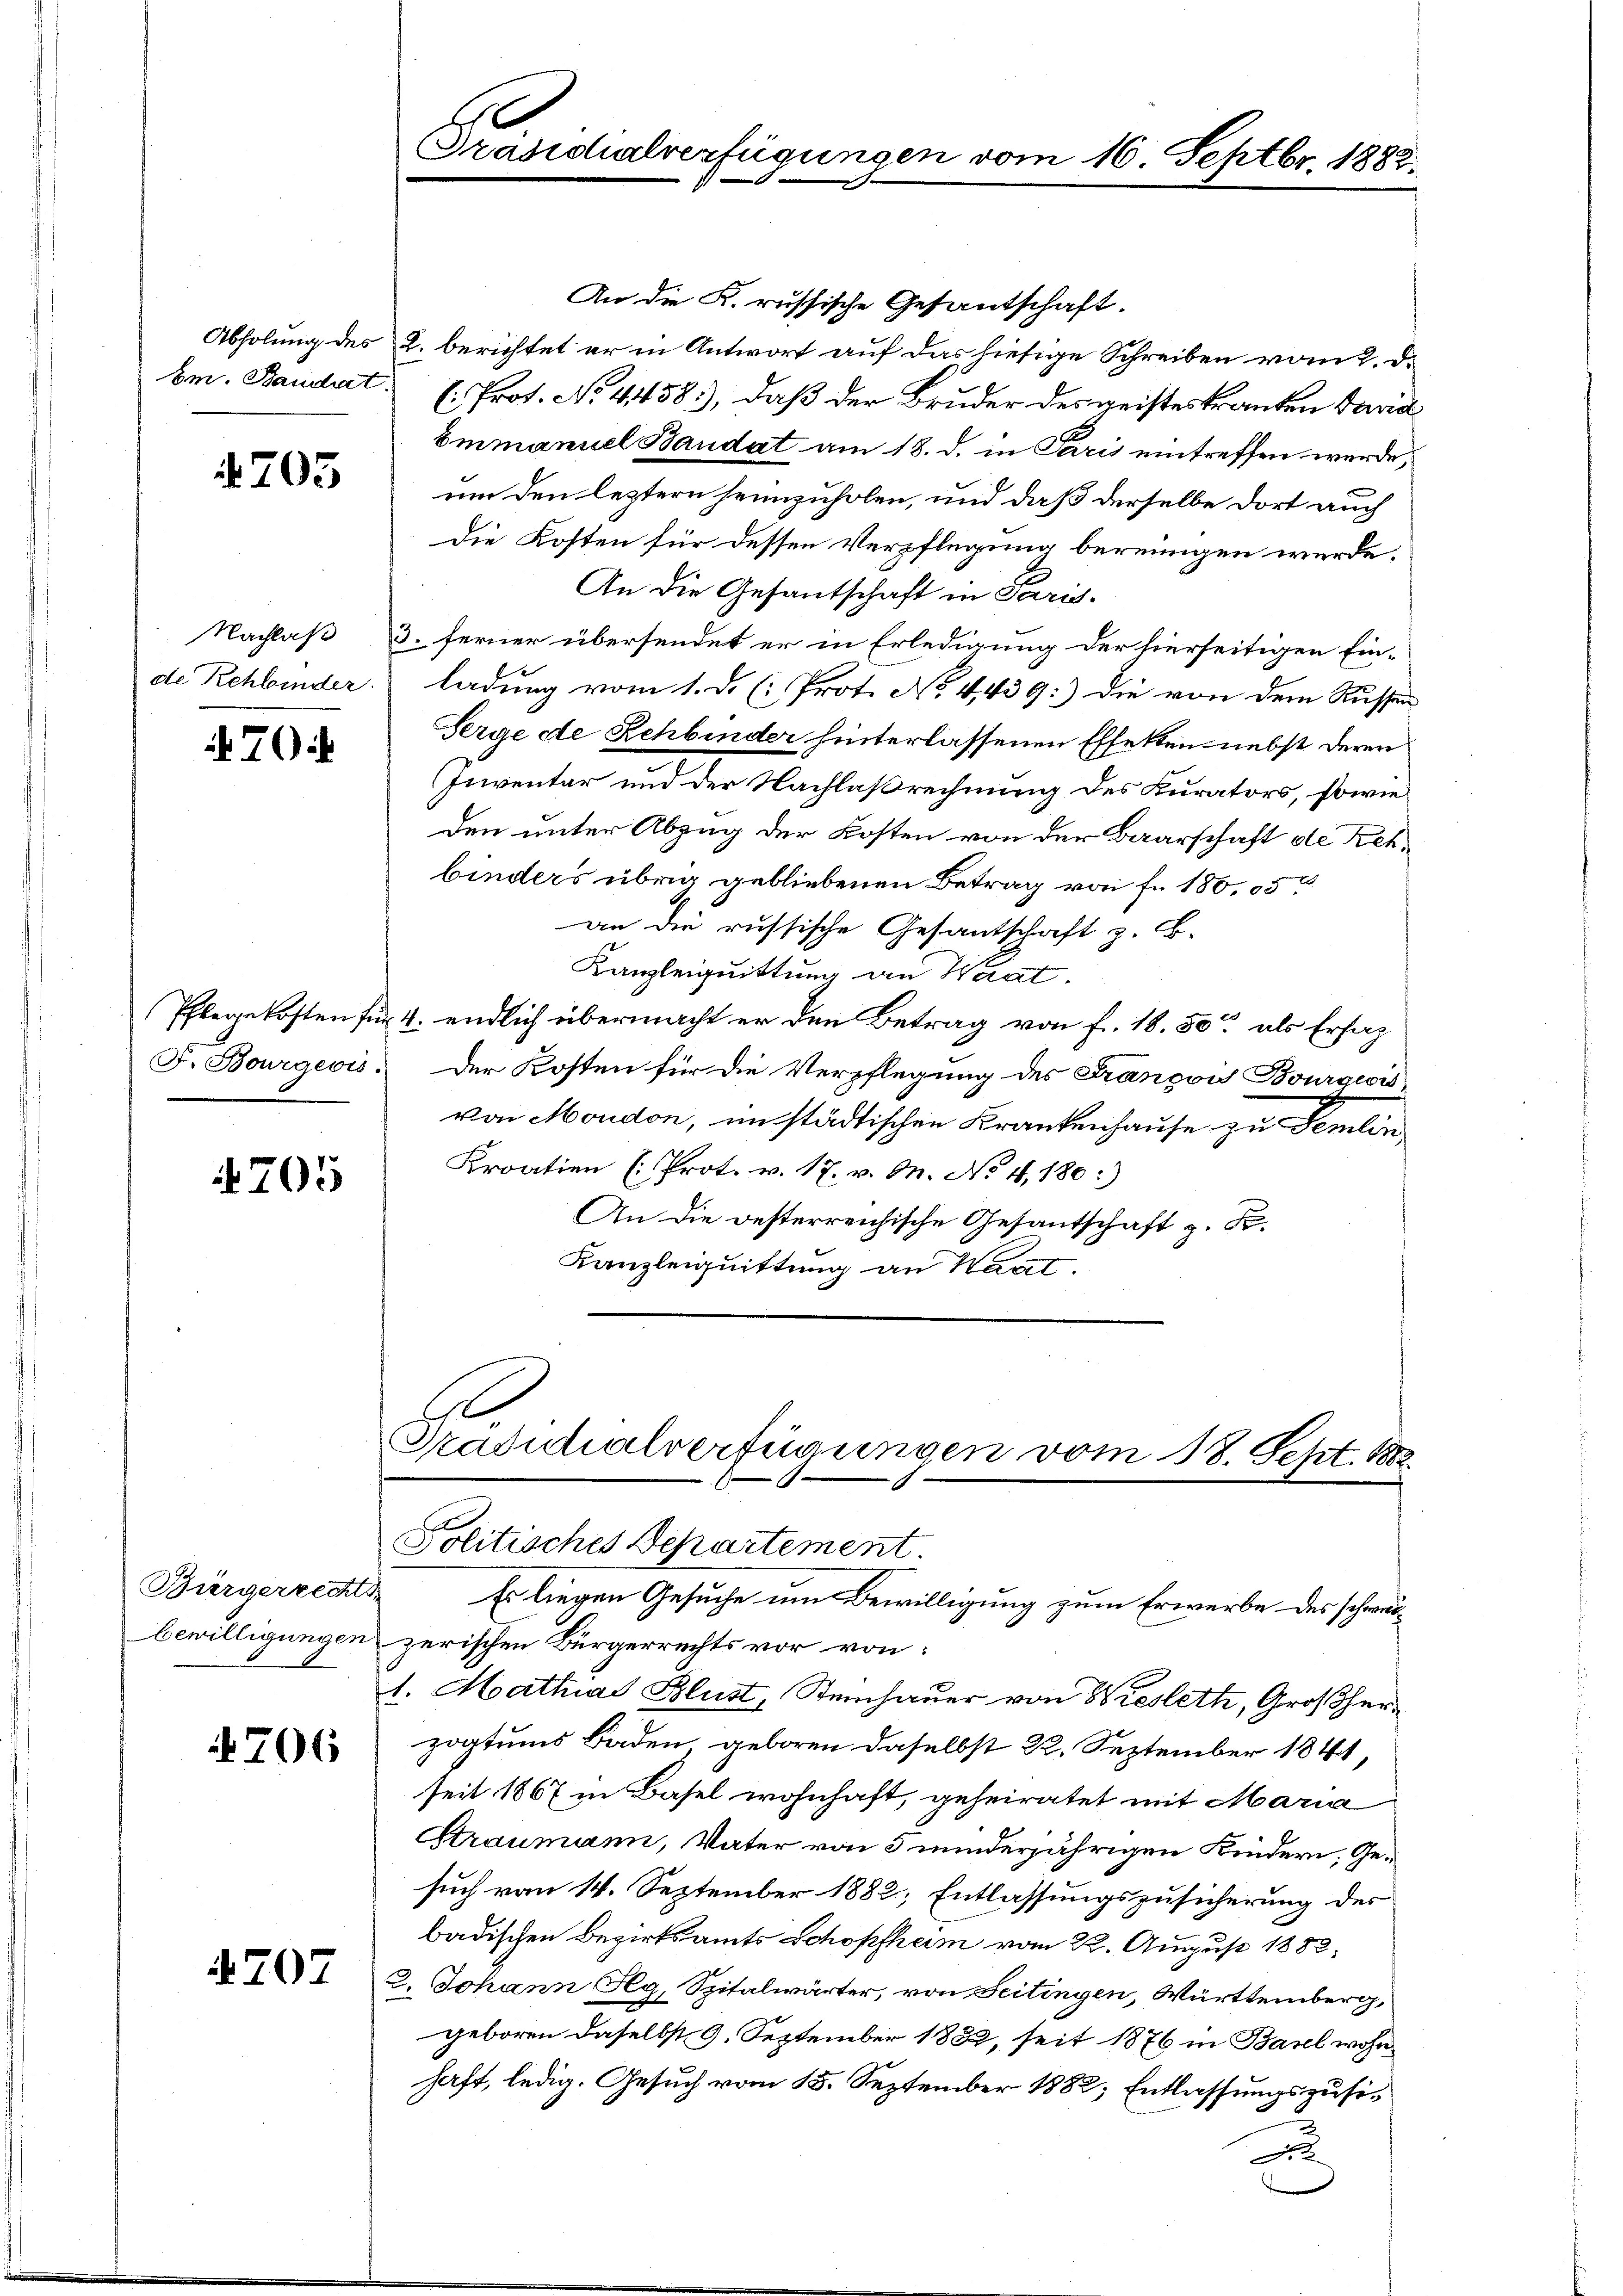
703

7

4705

Bürgerrechts-

706

4707

Präsidialverfügungen de

An die K. russische Gesantschaft.
Abholung des §. berichtet er in Antwort auf das hiesige Schreiben vom 2. d.
bm. Baudert . Prot. No 4458), daß der Bruder des geistes kranken David
Emmanuel Baudat am 18. d. in Paris eintreffen werde,
um den leztern heimzuholen, und daß derselbe dort auch
Die Kosten für dessen Verpflegung bereinigen würde.
An die Gesantschaft in Paris.
Nachlaß 3. ferner übersendet er in Erledigung der hierseitigen Ein-
de Rehbinder ladung vom 1. d. (: Prot. No. 4439:) die von dem Kussen
Serge de Rehbinder hinterlassenen Effekten nebst deren
Inventar und der Nachlaßrechnung des Kurators, sowie
den unter Abzug der Kosten von der Baarschaft de Rehbinders übrig gebliebenen Betrag von fr. 180,05
an die russische Gesantschaft z. B.
Kanzleiquittung an Waat.
Pflegekosten für 4. endlich übermacht er den Betrag von fr. 18. 50. als Ersat
F. Bourgeois. Der Kosten für die Verpflegung des François Bourgeois
von Moudon, im städtischen Krankenhause zu Femlin
Kroatien (Prot. v. 17. v. M. No 11,180:)
An die oesterreichische Gesantschaft z. B.
Kanzleiquittung an Kant.
Präsidialverfügungen vom 18. Sept. 1882
Politisches Departement.
Es liegen Gesuche um Bewilligung zum Erwerbe des schwelbewilligungen zerischen Bürgerrechts vor von:
1. Mathias Blust, Steinhauer von Wesleth, Großherzogtums Baden, geboren daselbst 22. September 1841,
seit 1867 in Basel wohnhaft, geheiratet mit Maria
Straumann, Vater von 5 minderjährigen Kindern, Gesuch vom 14. September 1882, Entlassungszusicherung des
badischen Bezirksamts Schopfheim vom 22. August 1882,
2. Johann Nlg, Spitalwärter, von Seitingen, Württemberg,
geboren daselbst 9. September 1882, seit 1876 in Basel wohnhaft, ledig. Gesuch vom 15. September 1882, Entlassungszusi¬
.

g

16. Septbr. 1882.